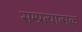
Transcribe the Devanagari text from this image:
सम्प्रत्यात्मक